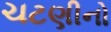
ચટણીનો